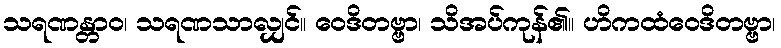
သရဏန္တာဝ၊ သရဏသာလျှင်။ ဝေဒိတဗ္ဗာ၊ သိအပ်ကုန်၏။ ဟိကထံဝေဒိတဗ္ဗာ၊